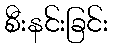
စီးနင်းခြင်း